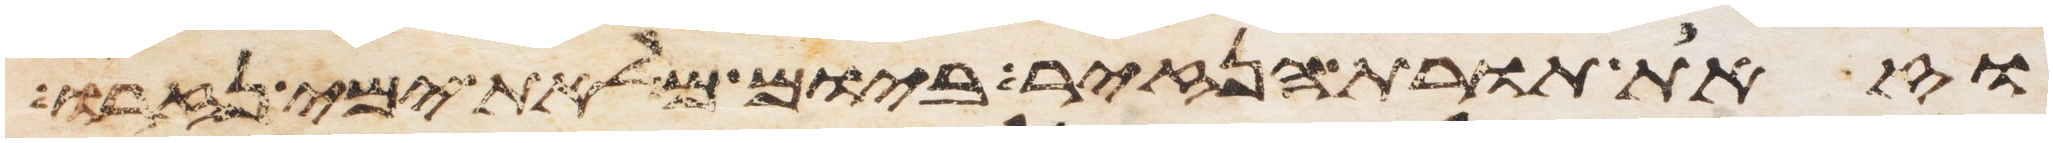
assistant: וזאת תורת הנזיר ביום מלאת ימי נזרו